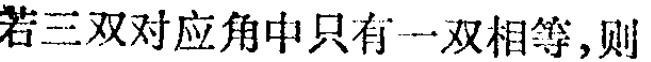
若三双对应角中只有一双相等，则